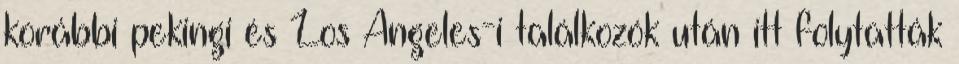
korábbi pekingi és Los Angeles-i találkozók után itt folytatták